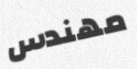
مهندس